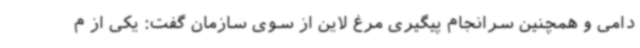
دامی و همچنین سرانجام پیگیری مرغ لاین از سوی سازمان گفت: یکی از م